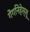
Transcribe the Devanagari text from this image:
गेंगनिहेस्सू